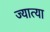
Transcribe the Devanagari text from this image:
ज्यात्या